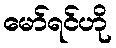
မော်ရင်ဟို